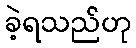
ခဲ့ရသည်ဟု